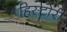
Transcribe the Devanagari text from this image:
हिस्टोरी